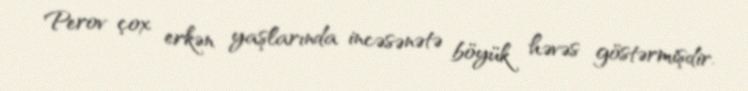
Perov çox erkən yaşlarında incəsənətə böyük həvəs göstərmişdir.